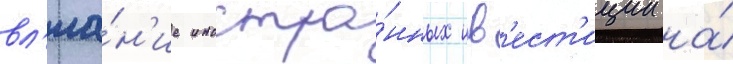
вл'иа́н'ие иностра́нных инв'ест'иции на́